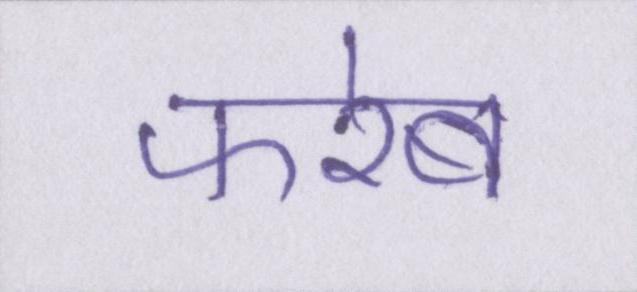
फरेब